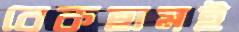
বেকহামই